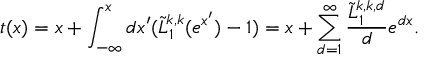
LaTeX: t ( x ) = x + \int _ { - \infty } ^ { x } d x ^ { \prime } ( { \tilde { L } _ { 1 } ^ { k , k } ( e ^ { x ^ { \prime } } ) } - 1 ) = x + \sum _ { d = 1 } ^ { \infty } \frac { \tilde { L } _ { 1 } ^ { k , k , d } } { d } e ^ { d x } .